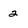
Character: 2